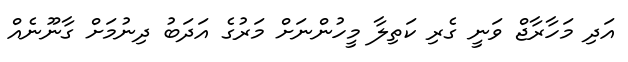
އަދި މަހާރާޖް ވަނީ ގެރި ކަތިލާ މީހުންނަށް މަރުގެ އަދަބު ދިނުމަށް ގާނޫނެއް